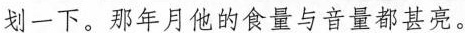
划一下。那年月他的食暨与音量都甚亮。